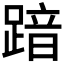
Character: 𮛾